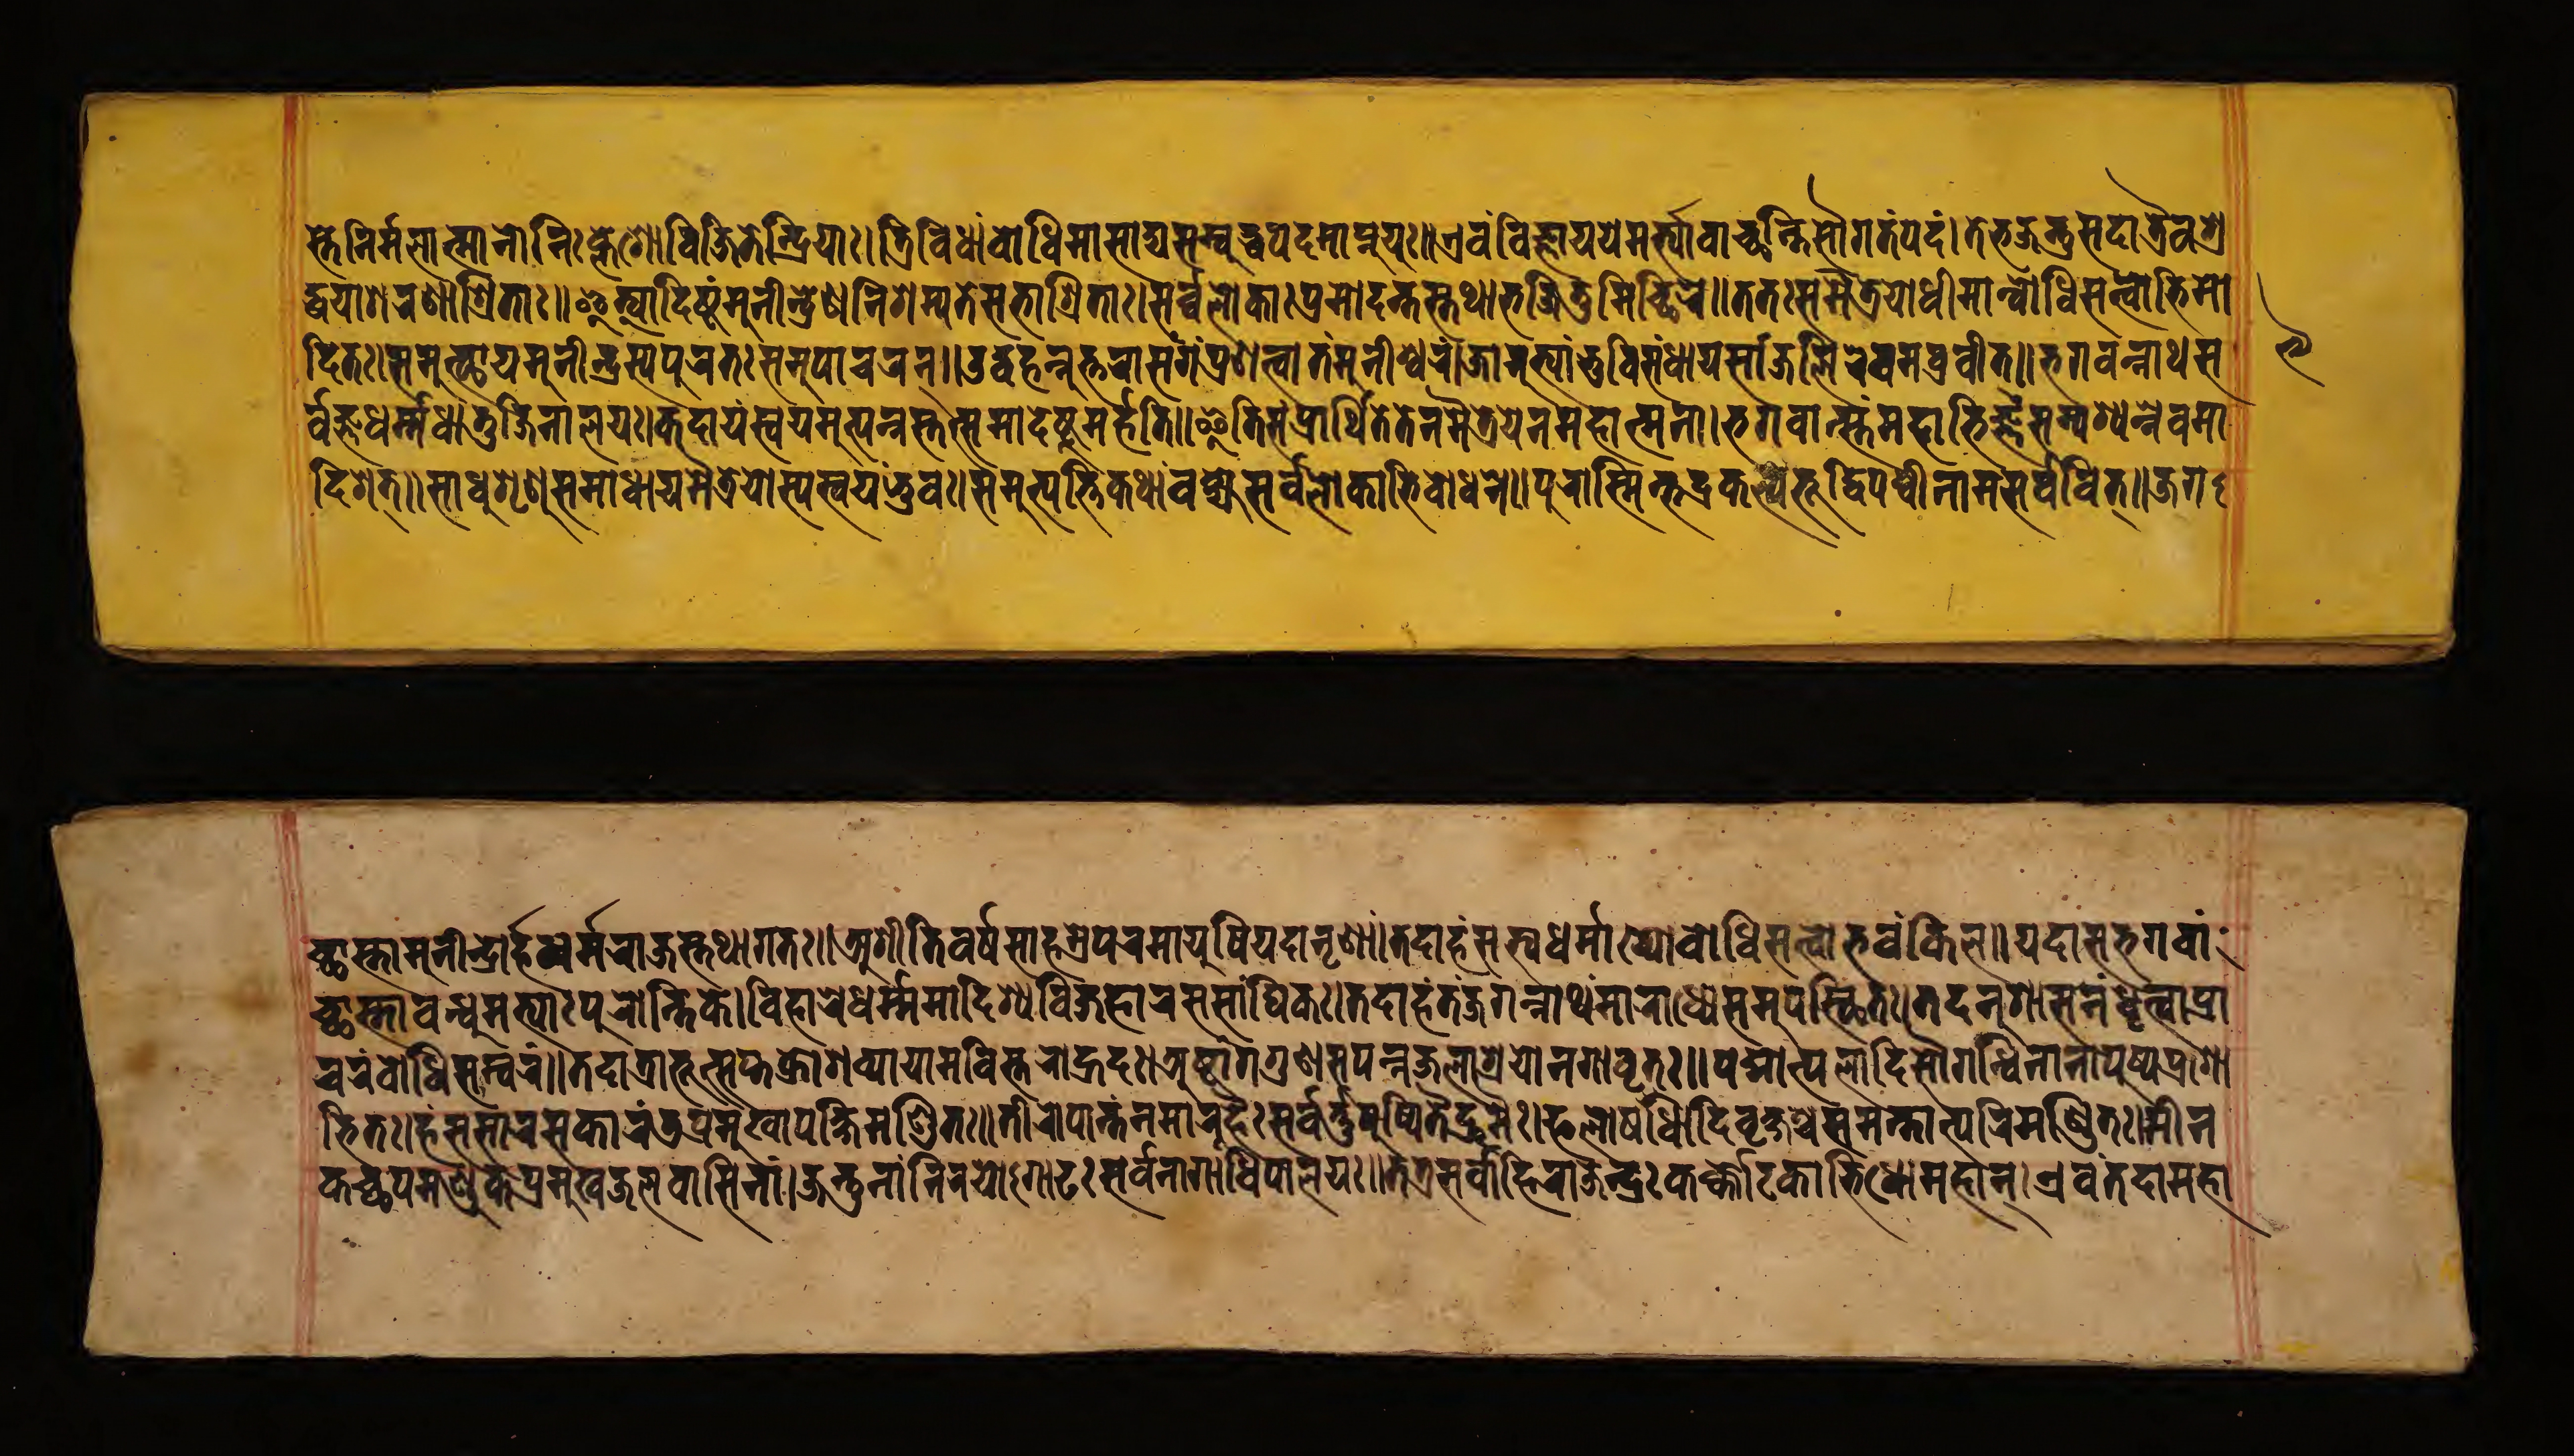
𑐳𑑂𑐟𑐾𑐣𑐶𑐬𑑂𑐩𑐮𑐵𑐟𑑂𑐩𑐵𑐣𑑀𑐣𑐶𑑅𑐎𑑂𑐮𑐾𑐱𑑀𑐰𑐶𑐖𑐶𑐟𑐾𑐣𑑂𑐡𑑂𑐬𑐶𑐫𑐵𑑅।𑐟𑑂𑐬𑐶𑐰𑐶𑐢𑐵𑑄𑐧𑑀𑐢𑐶𑐩𑐵𑐳𑐵𑐡𑑂𑐫𑐳𑐩𑑂𑐧𑐸𑐡𑑂𑐢𑐥𑐡𑐩𑐵𑐥𑑂𑐣𑐸𑐫𑐸𑑅॥𑐊𑐰𑑄𑐰𑐶𑐖𑑂𑐘𑐵𑐫𑐫𑐾𑐩𑐬𑑂𑐟𑑂𑐫𑐵𑐰𑐵𑐕𑐣𑑂𑐟𑐶𑐳𑑁𑐐𑐟𑑄𑐥𑐡𑑄।𑐟𑐾𑐨𑐖𑐣𑑂𑐟𑐸𑐳𑐡𑐵𑐟𑑂𑐬𑐿𑐰𑐱𑑂𑐬 𑐡𑑂𑐢𑐫𑐵𑐱𑐬𑐞𑐵𑐱𑑂𑐬𑐶𑐟𑐵𑑅॥𑐂𑐟𑑂𑐫𑐵𑐡𑐶𑐲𑑂𑐚𑑄𑐩𑐸𑐣𑐷𑐣𑑂𑐡𑑂𑐬𑐾𑐞𑐣𑐶𑐱𑐩𑑂𑐫𑐟𑐾𑐳𑐨𑐵𑐱𑑂𑐬𑐶𑐟𑐵𑑅।𑐳𑐬𑑂𑐰𑑂𑐰𑐮𑑀𑐎𑐵𑑅𑐥𑑂𑐬𑐩𑑀𑐡𑐣𑑂𑐟𑐳𑑂𑐟𑐠𑐵𑐨𑐖𑐶𑐟𑐸𑐩𑐶𑐔𑑂𑐕𑐶𑐬𑐾॥𑐟𑐟𑑅𑐳𑐩𑐿𑐟𑑂𑐬𑐾𑐫𑑀𑐢𑐷𑐩𑐵𑐣𑑂𑐧𑑀𑐢𑐶𑐳𑐟𑑂𑐰𑑀𑐨𑐶𑐩𑑀 𑐡𑐶𑐟𑑅।𑐳𑐩𑐸𑐟𑑂𑐠𑐵𑐫𑐩𑐸𑐣𑐷𑐣𑑂𑐡𑑂𑐬𑐳𑑂𑐫𑐥𑐸𑐬𑐟𑑅𑐳𑐩𑐸𑐥𑐵𑐔𑐬𑐣𑑂॥𑐄𑐡𑑂𑐰𑐴𑐣𑑂𑐣𑐸𑐟𑑂𑐟𑐬𑐵𑐳𑑄𑐐𑑄𑐥𑑂𑐬𑐞𑐟𑑂𑐰𑐵𑐟𑑄𑐩𑐸𑐣𑐷𑐱𑑂𑐰𑐬𑑄।𑐖𑐵𑐣𑐸𑐨𑑂𑐫𑐵𑑄𑐨𑐸𑐰𑐶𑐳𑑄𑐢𑐵𑐫𑐳𑐵𑑄𑐖𑐮𑐶𑐬𑐾𑐰𑐩𑐧𑑂𑐬𑐰𑐷𑐟𑑂॥𑐨𑐐𑐰𑐣𑑂𑐣𑐵𑐠𑐳 𑐬𑑂𑐰𑐖𑑂𑐘𑐢𑐬𑑂𑐩𑑂𑐩𑐢𑐵𑐟𑐸𑐖𑐶𑐣𑐵𑐮𑐫𑑅।𑐎𑐡𑐵𑐫𑑄𑐳𑑂𑐰𑐫𑐩𑐸𑐟𑑂𑐥𑐣𑑂𑐣𑐳𑑂𑐟𑐟𑑂𑐳𑐩𑐵𑐡𑐾𑐲𑑂𑐚𑐸𑐩𑐬𑑂𑐴𑐟𑐶॥𑐂𑐟𑐶𑐳𑑄𑐥𑑂𑐬𑐵𑐬𑑂𑐠𑐶𑐟𑐾𑐟𑐾𑐣𑐩𑐿𑐟𑑂𑐬𑐾𑐫𑐾𑐣𑐩𑐴𑐵𑐟𑑂𑐩𑐣𑐵।𑐨𑐐𑐰𑐵𑐣𑑂𑐳𑑂𑐟𑑄𑐩𑐴𑐵𑐨𑐶𑐖𑑂𑐘𑑄𑐳𑐩𑑂𑐥𑐱𑑂𑐫𑐣𑑂𑐣𑐾𑐰𑐩𑐵 𑐡𑐶𑐱𑐟𑑂॥𑐳𑐵𑐢𑐸𑐱𑐺𑐞𑐸𑐳𑐩𑐵𑐢𑐵𑐫𑐩𑐿𑐟𑑂𑐬𑐾𑐫𑑀𑐳𑑂𑐫𑐳𑑂𑐰𑐫𑑄𑐨𑐸𑐰𑑅।𑐳𑐩𑐸𑐟𑑂𑐥𑐟𑑂𑐟𑐶𑐎𑐠𑐵𑑄𑐰𑐎𑑂𑐲𑑂𑐫𑐾𑐳𑐬𑑂𑐰𑐮𑑀𑐎𑐵𑐨𑐶𑐧𑑀𑐢𑐣𑐾॥𑐥𑐸𑐬𑐵𑐳𑑂𑐩𑐶𑐣𑑂𑐨𑐡𑑂𑐬𑐎𑐮𑑂𑐥𑐾𑐨𑐸𑐡𑑂𑐰𑐶𑐥𑐳𑑂𑐰𑐷𑐣𑐵𑐩𑐳𑐬𑑂𑐰𑐰𑐶𑐟𑑂॥𑐖𑐐 𑐔𑑂𑐕𑐵𑐳𑑂𑐟𑐵𑐩𑐸𑐣𑐷𑐣𑑂𑐡𑑂𑐬𑑀𑐬𑑂𑐴𑐣𑑂𑐢𑐬𑑂𑐩𑐬𑐵𑐖𑐳𑑂𑐟𑐠𑐵𑐐𑐟𑑅॥𑐀𑐱𑐷𑐟𑐶𑐰𑐬𑑂𑐲𑐳𑐵𑐴𑐳𑑂𑐬𑐾𑐥𑐬𑐩𑐵𑐫𑐸𑐲𑐶𑐫𑐡𑐵𑐣𑐺𑐞𑐵𑑄।𑐟𑐡𑐵𑐴𑑄𑐳𑐟𑑂𑐫𑐢𑐬𑑂𑐩𑐵𑐏𑑂𑐫𑑀𑐧𑑀𑐢𑐶𑐳𑐟𑑂𑐰𑑀𑐨𑐰𑑄𑐎𑐶𑐮॥𑐫𑐡𑐵𑐳𑐨𑐐𑐰𑐵𑑄 𑐕𑐵𑐳𑑂𑐟𑐵𑐧𑐣𑑂𑐢𑐸𑐩𑐟𑑂𑐫𑐵𑑅𑐥𑐬𑑀𑐣𑑂𑐟𑐶𑐎𑐾।𑐰𑐶𑐴𑐵𑐬𑐾𑐢𑐬𑑂𑐩𑑂𑐩𑐩𑐵𑐡𑐶𑐱𑑂𑐫𑐰𑐶𑐖𑐴𑐵𑐬𑐳𑐳𑐵𑑄𑐑𑐶𑐎𑑅।𑐟𑐡𑐵𑐴𑑄𑐟𑑄𑐖𑐐𑐣𑑂𑐣𑐵𑐠𑑄𑐩𑐵𑐬𑐵𑐢𑑂𑐫𑐾𑐳𑐩𑐸𑐥𑐵𑐳𑑂𑐠𑐶𑐟𑑅।𑐟𑐡𑐣𑐸𑐱𑐵𑐳𑐣𑑄𑐢𑐺𑐟𑑂𑐰𑐵𑐥𑑂𑐬𑐵 𑐰𑐬𑑄𑐧𑑀𑐢𑐶𑐳𑐩𑑂𑐰𑐬𑑄॥𑐟𑐡𑐵𑐟𑑂𑐬𑐵𑐨𑐹𑐟𑑂𑐳𑐥𑑂𑐟𑐎𑑂𑐬𑑀𑐱𑐰𑑂𑐫𑐵𑐫𑐵𑐩𑐰𑐶𑐳𑑂𑐟𑐬𑑀𑐴𑑂𑐬𑐡𑑅।𑐀𑐲𑑂𑐚𑐵𑑄𑐐𑐐𑐸𑐞𑐳𑐥𑐣𑑂𑐣𑐖𑐮𑐵𑐱𑑂𑐬𑐫𑑀𑐣𑐐𑐵𑐰𑐺𑐟𑑅॥𑐥𑐡𑑂𑐩𑑀𑐟𑑂𑐥𑐮𑐵𑐡𑐶𑐳𑑁𑐐𑐣𑑂𑐢𑐶𑐣𑐵𑐣𑐵𑐥𑐸𑐲𑑂𑐥𑐥𑑂𑐬𑐱𑑀 𑐨𑐶𑐟𑑅।𑐴𑑄𑐳𑐳𑐵𑐬𑐳𑐎𑐵𑐬𑑄𑐜𑐥𑑂𑐬𑐩𑐸𑐏𑐵𑐥𑐎𑑂𑐲𑐶𑐩𑐞𑑂𑐜𑐶𑐟𑑅॥𑐟𑐷𑐬𑑀𑐥𑐵𑐣𑑂𑐟𑑄𑐣𑐩𑐵𑐬𑐹𑐴𑐿𑑅𑐳𑐬𑑂𑐰𑐬𑑂𑐟𑑂𑐟𑐸𑐥𑐸𑐲𑑂𑐥𑐶𑐟𑐿𑐡𑑂𑐬𑐸𑐩𑐿𑑅।𑐦𑐮𑑀𑐲𑐢𑑂𑐫𑐵𑐡𑐶𑐰𑐺𑐎𑑂𑐲𑐱𑑂𑐔𑐳𑐩𑐣𑑂𑐟𑐵𑐟𑑂𑐥𑐬𑐶𑐩𑐞𑑂𑐜𑐶𑐟𑑅।𑐩𑐷𑐣 𑐎𑐔𑑂𑐕𑐥𑐩𑐞𑑂𑐜𑐸𑐎𑐥𑑂𑐬𑐩𑐸𑐏𑐖𑐮𑐰𑐵𑐳𑐶𑐣𑐵𑑄।𑐖𑐣𑑂𑐟𑐸𑐣𑐵𑑄𑐣𑐶𑐬𑐫𑑀𑑇𑐐𑐵𑐝𑑅𑐳𑐬𑑂𑐰𑐣𑐵𑐐𑐵𑐢𑐶𑐥𑐵𑐮𑐫𑑅॥𑐟𑐟𑑂𑐬𑐳𑐬𑑂𑐰𑐵𑐴𑐶𑐬𑐵𑐖𑐾𑐣𑑂𑐡𑑂𑐬𑑅𑐎𑐬𑑂𑐎𑑂𑐎𑑀𑐚𑐎𑐵𑐨𑐶𑐢𑑀𑐩𑐴𑐵𑐣𑑂।𑐊𑐰𑑄𑐟𑐡𑐵𑐩𑐴𑐵 𑑙